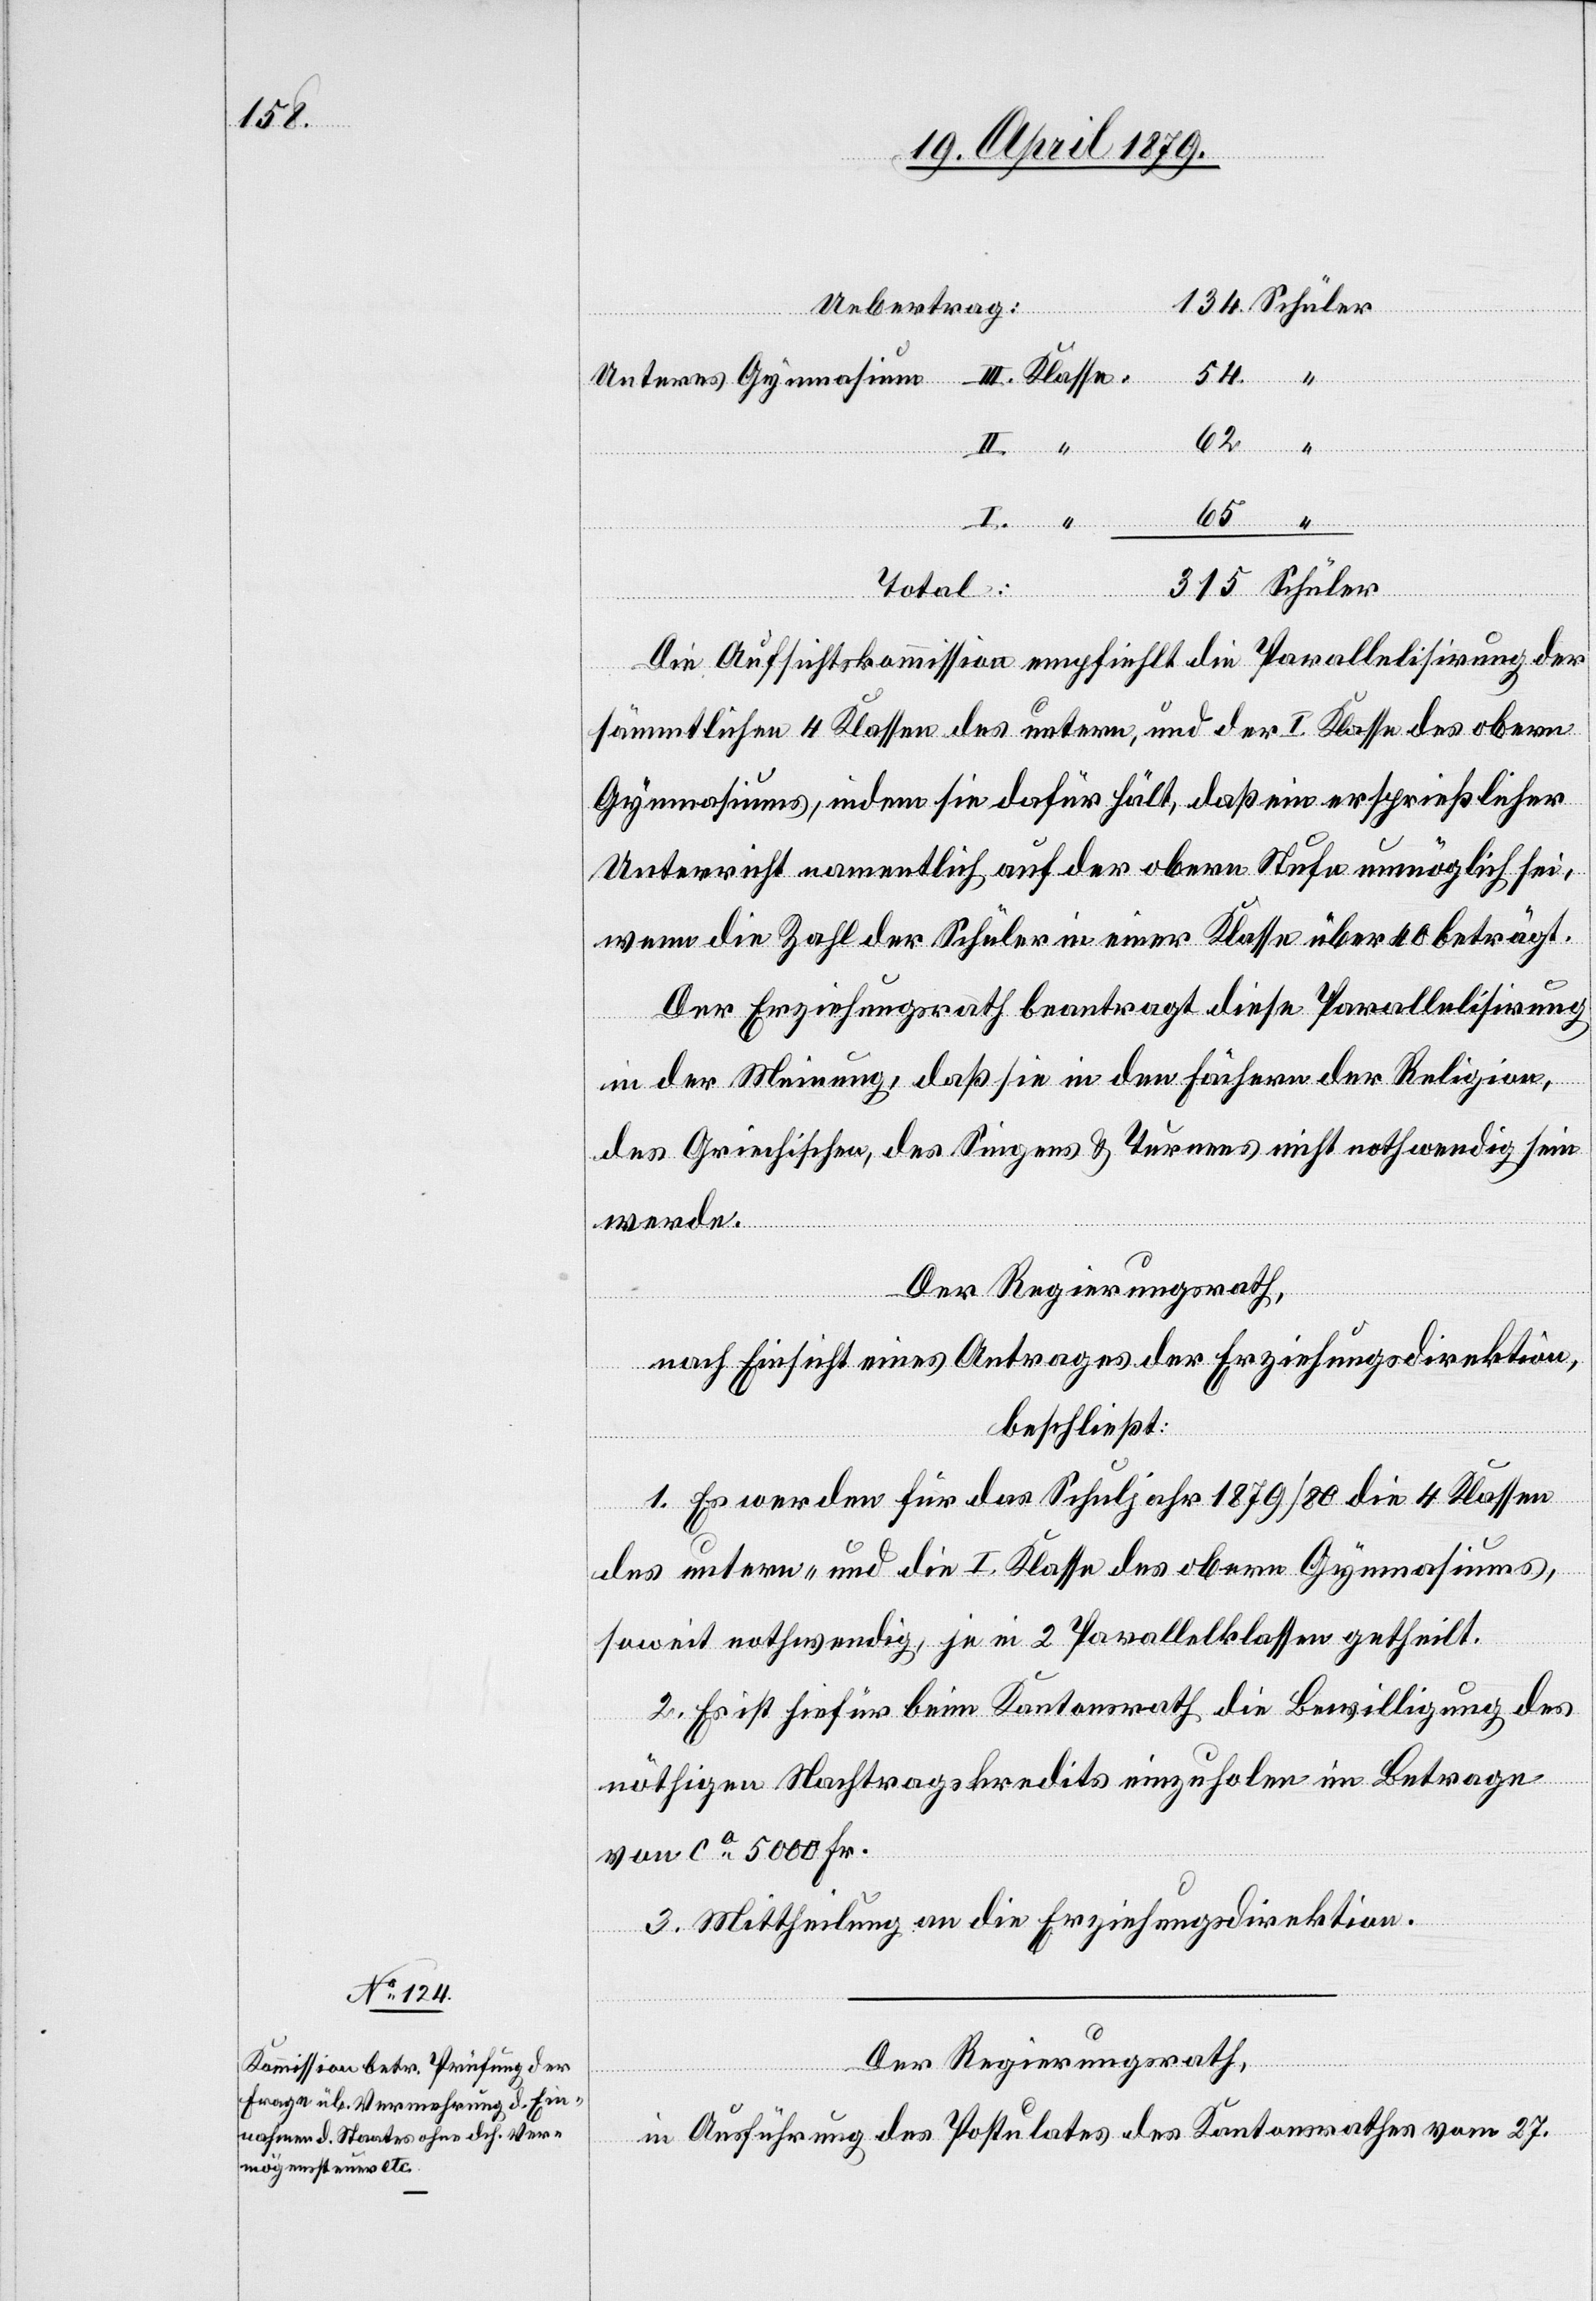
II.

Uebertrag:
62
I.
65
Unteres Gymnasium
Total:
315
Die Aufsichtskommission empfiehlt die Parallelisirung der
sämmtlichen 4 Klassen des untern, und der I. Klasse des obern
Gymnasiums, indem sie dafür hält, daß ein ersprießlicher
Unterricht namentlich auf der obern Stufe unmöglich sei,
wenn die Zahl der Schüler in einer Klasse über 40 beträgt.
Der Erziehungsrath beantragt diese Parallelisirung
in der Meinung, daß sie in den Fächern der Religion,
des Griechischen, des Singens & Turnens nicht nothwendig sein
werde.
Der Regierungsrath,
nach Einsicht eines Antrages der Erziehungsdirektion,
beschließt:
1. Es werden für das Schuljahr 1879/80 die 4 Klassen
des untern- und die I. Klasse des obern Gymnasiums,
soweit nothwendig, je in 2 Parallelklassen getheilt.
2. Es ist hiefür beim Kantonsrath die Bewilligung des
nöthigen Nachtragskredits einzuholen im Betrage
von ca 5000 Fr.
54
3. Mittheilung an die Erziehungsdirektion.
Der Regierungsrath,
in Ausführung des Postulates des Kantonsrathes vom 27.